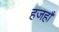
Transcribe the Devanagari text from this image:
हजहाँ